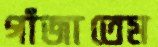
গাঁজাতেম